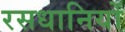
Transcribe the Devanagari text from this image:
रसधानियों